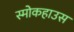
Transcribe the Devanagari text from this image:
स्मोकहाउस